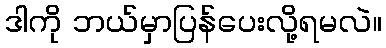
ဒါကို ဘယ်မှာပြန်ပေးလို့ရမလဲ။